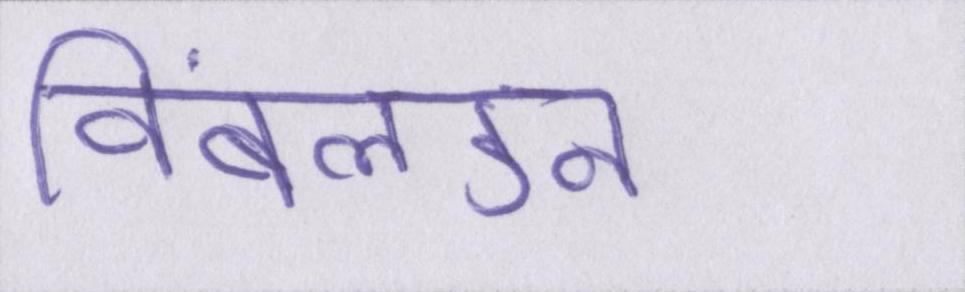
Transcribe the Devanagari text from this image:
विंबलडन